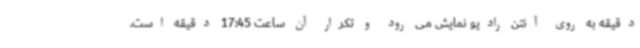
دقیقه به روی آنتن رادیو نمایش می رود و تکرار آن ساعت 17:45 دقیقه است.